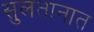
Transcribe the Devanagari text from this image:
सुलतानात